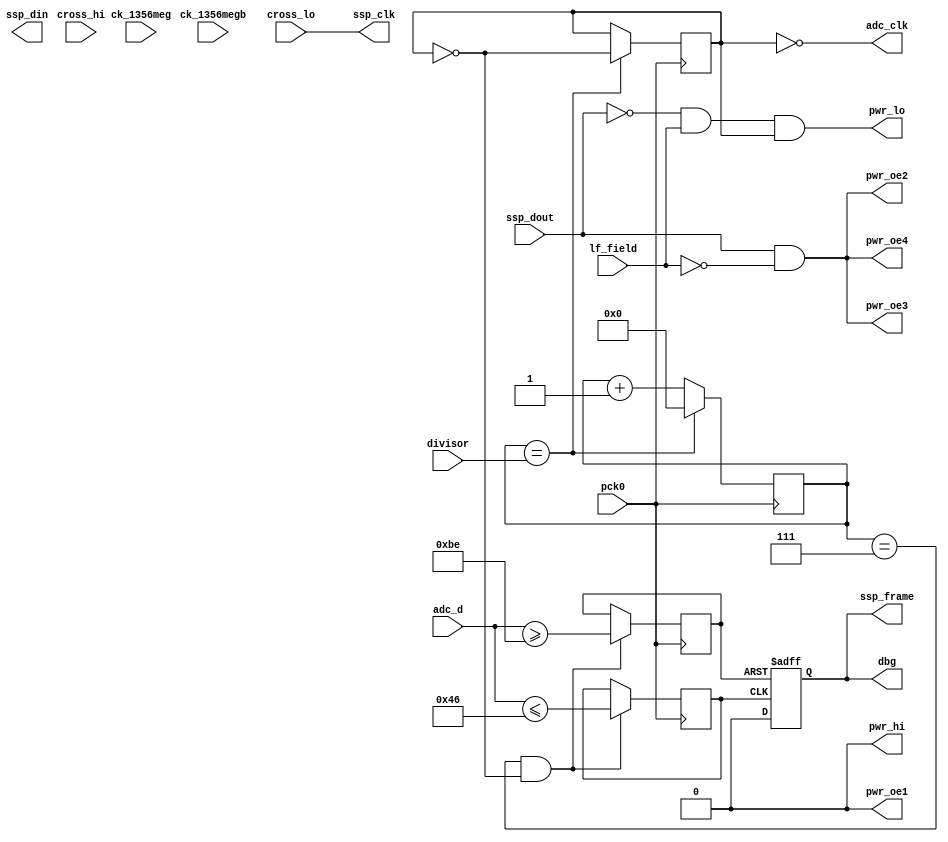
module lo_edge_detect_2(
    pck0, ck_1356meg, ck_1356megb,
    pwr_lo, pwr_hi, pwr_oe1, pwr_oe2, pwr_oe3, pwr_oe4,
    adc_d, adc_clk,
    ssp_frame, ssp_din, ssp_dout, ssp_clk,
    cross_hi, cross_lo,
    dbg,
	  divisor,
		lf_field
);
    input pck0, ck_1356meg, ck_1356megb;
    output pwr_lo, pwr_hi, pwr_oe1, pwr_oe2, pwr_oe3, pwr_oe4;
    input [7:0] adc_d;
    output adc_clk;
    input ssp_dout;
    output ssp_frame, ssp_din, ssp_clk;
    input cross_hi, cross_lo;
    output dbg;
	  input [7:0] divisor;
		input lf_field;
reg [7:0] pck_divider;
reg clk_state;
wire tag_modulation; 
assign tag_modulation = ssp_dout & !lf_field;
wire reader_modulation; 
assign reader_modulation = !ssp_dout & lf_field & clk_state;
assign pwr_oe1 = 1'b0; 
assign pwr_oe2 = tag_modulation;
assign pwr_oe3 = tag_modulation;
assign pwr_oe4 = tag_modulation;
assign ssp_clk = cross_lo;
assign pwr_lo = reader_modulation;
assign pwr_hi = 1'b0;
assign dbg = ssp_frame;
always @(posedge pck0)
begin
	if(pck_divider == divisor[7:0])
		begin
			pck_divider <= 8'd0;
			clk_state = !clk_state;
		end
	else
	begin
		pck_divider <= pck_divider + 1;
	end
end
assign adc_clk = ~clk_state;
reg is_high;
reg is_low;
reg output_state;
always @(posedge pck0)
begin
	if((pck_divider == 8'd7) && !clk_state) begin
		is_high = (adc_d >= 8'd190);
		is_low = (adc_d <= 8'd70);
	end
end
always @(posedge is_high or posedge is_low)
begin
	if(is_high)
		output_state <= 1'd1;
	else if(is_low)
		output_state <= 1'd0;
end
assign ssp_frame = output_state;
endmodule